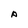
Character: p